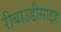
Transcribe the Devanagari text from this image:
रीबाउडीसाइड